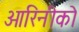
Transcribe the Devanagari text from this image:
ओरिनीको